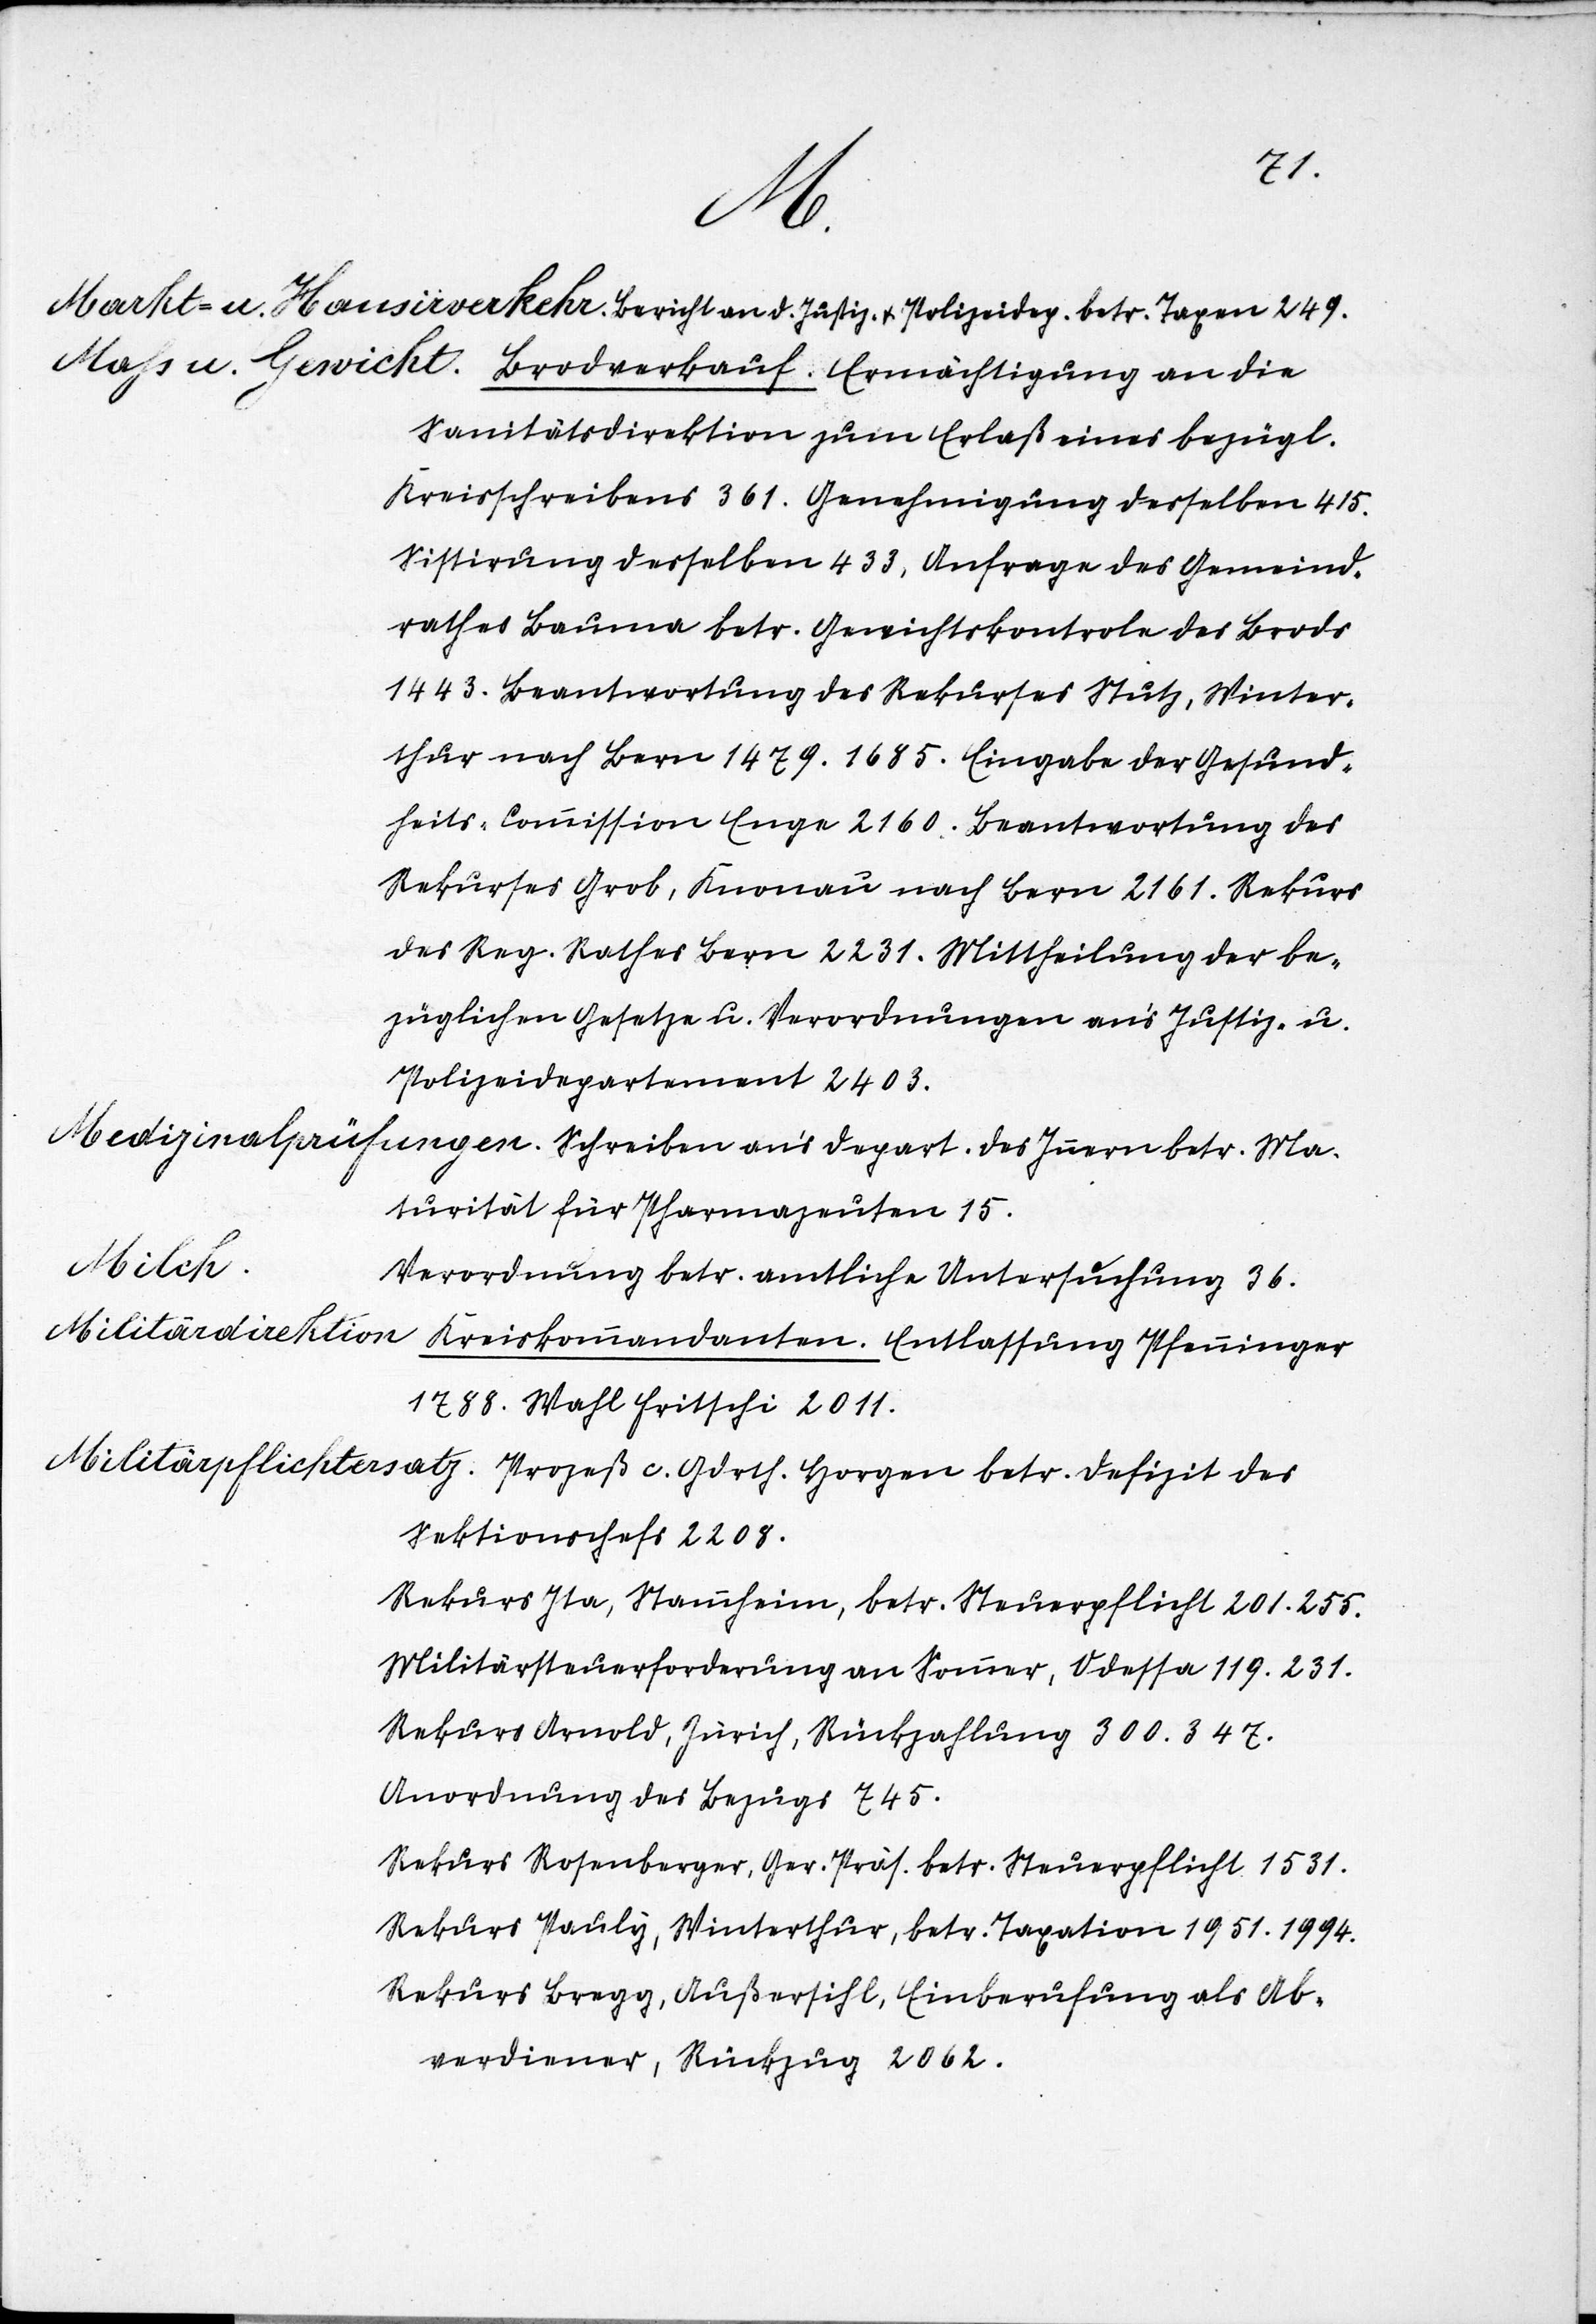
80.
–.
besucht.